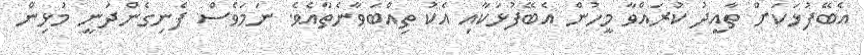
އެބޭފުޅަކަށް ތާއީދު ކުރައްވާ މީހުން އެބޭފުޅަކާއި އެކު ތިއްބަވާނެތާއެވެ. ނަމަވެސް ފެނިގެންދަނީ މުޅިން